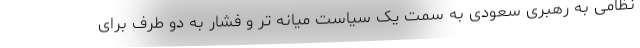
نظامی به رهبری سعودی به سمت یک سیاست میانه تر و فشار به دو طرف برای